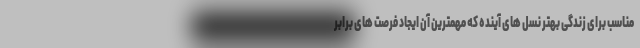
مناسب برای زندگی بهتر نسل های آینده که مهمترین آن ایجاد فرصت های برابر